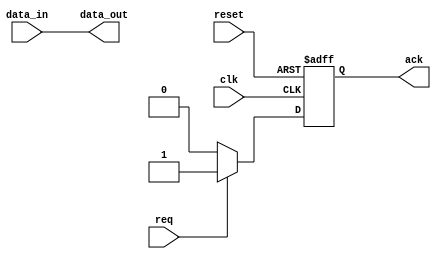
module async_fifo_ctrl_unit (
    input wire clk,
    input wire reset,
    input wire data_in,
    output wire data_out,
    input wire req,
    output reg ack
);

always @(posedge clk or posedge reset) begin
    if (reset) begin
        ack <= 0;
    end else begin
        if (req) begin
            ack <= 1;
        end else begin
            ack <= 0;
        end
    end
end

assign data_out = data_in;

endmodule